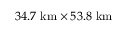
3 4 . 7 ~ \mathrm { k m } \times 5 3 . 8 ~ \mathrm { k m }